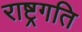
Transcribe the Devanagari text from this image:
राष्ट्रगति